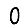
Digit: 0